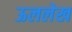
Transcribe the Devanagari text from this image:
ऊललेख